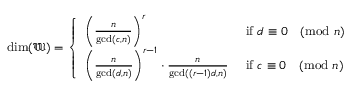
\begin{array} { r } { \dim ( \mathfrak { W } ) = \left\{ \begin{array} { l l } { \left( \frac { n } { \operatorname* { g c d } ( c , n ) } \right) ^ { r } } & { \mathrm { ~ i f ~ } d \equiv 0 \pmod { n } } \\ { \left( \frac { n } { \operatorname* { g c d } ( d , n ) } \right) ^ { r - 1 } \cdot \frac { n } { \operatorname* { g c d } ( ( r - 1 ) d , n ) } } & { \mathrm { ~ i f ~ } c \equiv 0 \pmod { n } } \end{array} \right. } \end{array}